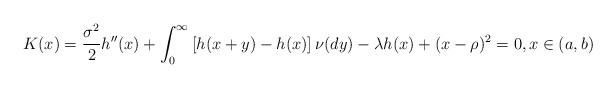
LaTeX: \begin{align*}K(x)={\sigma^2\over 2}h''(x)+\int_0^\infty\left[h(x+y)-h(x)\right]\nu(dy)-\lambda h(x)+(x-\rho)^2=0,x\in(a,b)\end{align*}